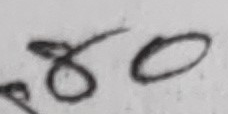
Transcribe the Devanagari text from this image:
८०